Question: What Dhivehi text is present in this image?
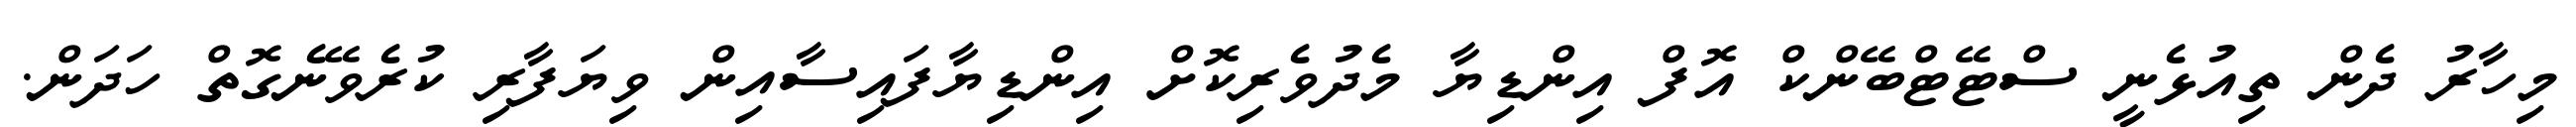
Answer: މިހާރު ދެން ތިއުޅެނީ ސްޓޭޓްބޭންކް އޮފް އިންޑިޔާ މެދުވެރިކޮށް އިންޑިޔާފައިސާއިން ވިޔަފާރި ކުރެވޭނެގޮތް ހަދަން.